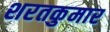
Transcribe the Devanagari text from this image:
शरतकुमार